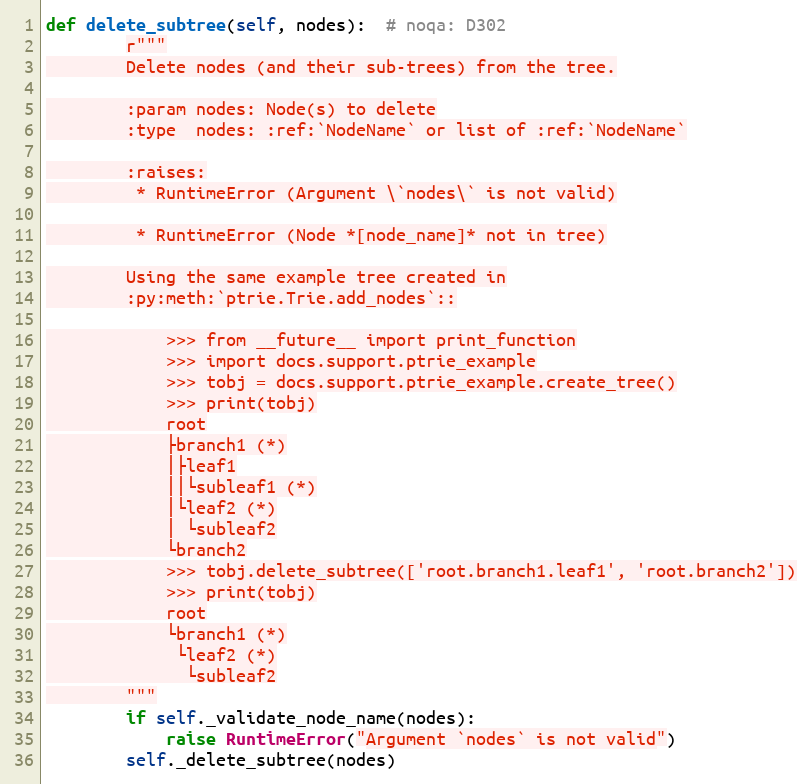
Language: Python
def delete_subtree(self, nodes):  # noqa: D302
        r"""
        Delete nodes (and their sub-trees) from the tree.

        :param nodes: Node(s) to delete
        :type  nodes: :ref:`NodeName` or list of :ref:`NodeName`

        :raises:
         * RuntimeError (Argument \`nodes\` is not valid)

         * RuntimeError (Node *[node_name]* not in tree)

        Using the same example tree created in
        :py:meth:`ptrie.Trie.add_nodes`::

            >>> from __future__ import print_function
            >>> import docs.support.ptrie_example
            >>> tobj = docs.support.ptrie_example.create_tree()
            >>> print(tobj)
            root
            ├branch1 (*)
            │├leaf1
            ││└subleaf1 (*)
            │└leaf2 (*)
            │ └subleaf2
            └branch2
            >>> tobj.delete_subtree(['root.branch1.leaf1', 'root.branch2'])
            >>> print(tobj)
            root
            └branch1 (*)
             └leaf2 (*)
              └subleaf2
        """
        if self._validate_node_name(nodes):
            raise RuntimeError("Argument `nodes` is not valid")
        self._delete_subtree(nodes)